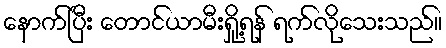
နောက်ပြီး တောင်ယာမီးရှို့ရန် ရက်လိုသေးသည်။